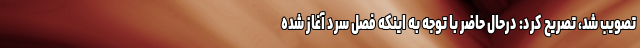
تصویب شد، تصریح کرد: درحال حاضر با توجه به اینکه فصل سرد آغاز شده